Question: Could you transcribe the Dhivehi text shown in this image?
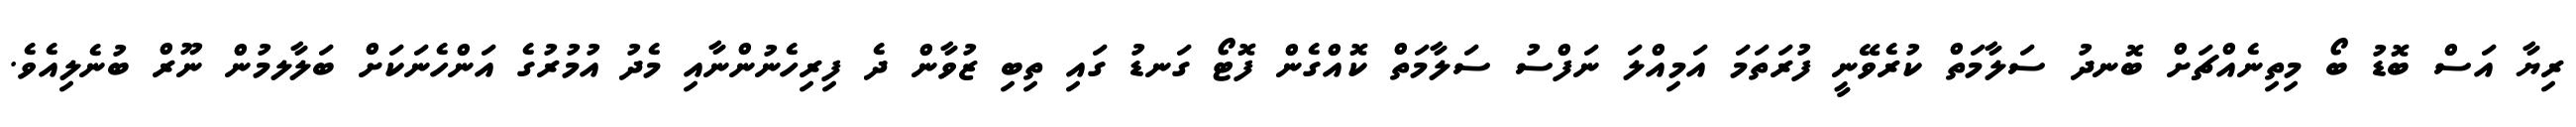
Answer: ރިޔާ އަސް ބޮޑު ބޯ މިތިނެއްޗަށް ބޮނދު ސަލާމަތް ކުރެވޭނީ ފުރަތަމަ އަމިއްލަ ނަފްސު ސަލާމަތް ކޮއްގެން ފޮޓޯ ގަނޑު ގައި ތިބި ޒުވާން ދެ ފިރިހެނުންނާއި މެދު އުމުރުގެ އަންހެނަކަށް ބަލާލމުން ނޫރް ބުނެލިއެވެ.